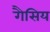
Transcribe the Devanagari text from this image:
गैसिय